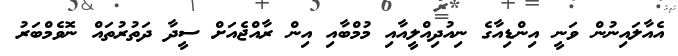
އެއާލައިނުން ވަނީ އިންޑިއާގެ ނިއުދިއްލީއާއި މުމްބާއި އިން ރާއްޖެއަށް ސީދާ ދަތުރުތައް ނޮވެމްބަރު